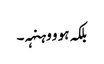
بلکہ ہو و وہنہہ۔